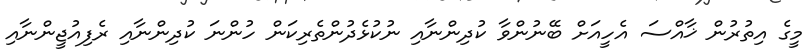
މީގެ އިތުރުން ޚާއްސަ އެހީއަށް ބޭނުންވާ ކުދިންނާއި ނުކުޅެދުންތެރިކަން ހުންނަ ކުދިންނާއި ރެފިއުޖީންނާއި